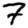
Digit: 7